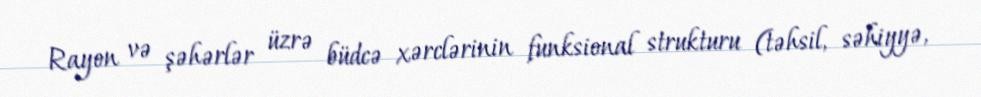
Rayon və şəhərlər üzrə büdcə xərclərinin funksional strukturu (təhsil, səhiyyə,